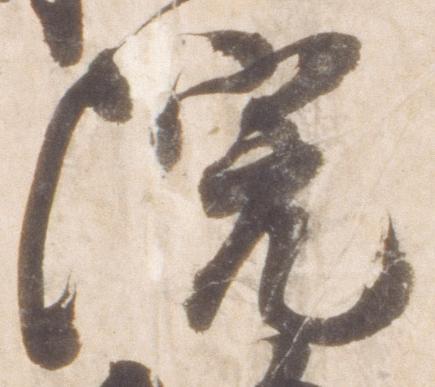
院